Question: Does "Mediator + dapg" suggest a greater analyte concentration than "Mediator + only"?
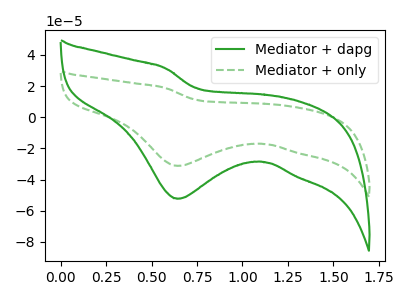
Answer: <think>The green curve "Mediator + dapg" has a cathodic peak at: (0.65V, -52.30uA). The green dashed curve "Mediator + only" has a cathodic peak at: (0.65V, -31.20uA).
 All the peaks in "Mediator + dapg" have a peak in "Mediator + only" at the same potential. Every peak in "Mediator + dapg" is higher than every peak in "Mediator + only".</think>
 <answer>"Mediator + dapg" has more signal than "Mediator + only".</answer>
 <eval>more_signal</eval>